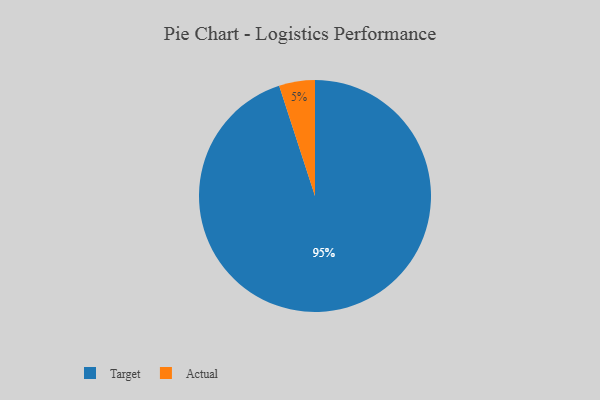
{"axis": {"x": "Category", "y": "Percentage"}, "legend": ["Actual", "Target"], "data": [{"x": "Actual", "y": 5, "type": "Actual"}, {"x": "Target", "y": 95, "type": "Target"}]}